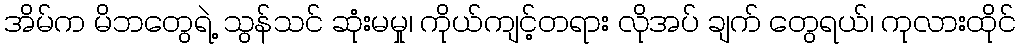
အိမ်က မိဘတွေရဲ့ သွန်သင် ဆုံးမမှု၊ ကိုယ်ကျင့်တရား လိုအပ် ချက် တွေရယ်၊ ကုလားထိုင်